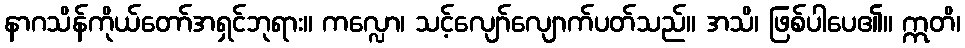
နာဂသိန်ကိုယ်တော်အရှင်ဘုရား။ ကလ္လော၊ သင့်လျော်လျောက်ပတ်သည်။ အသိ၊ ဖြစ်ပါပေ၏။ ဣတိ၊